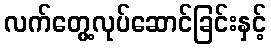
လက်တွေ့လုပ်ဆောင်ခြင်းနှင့်